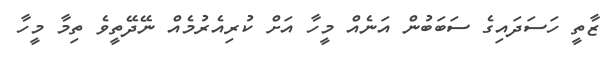
ޒާތީ ހަސަދައިގެ ސަބަބުން އަނެއް މީހާ އަށް ކުރިއެރުމެއް ނޭދޭތީވެ ތިމާ މީހާ